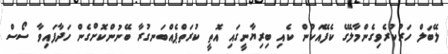
ލޭބަލް ހަރުކުރެވިގެންމާލޭގެ ކެފޭއަކުން ކެއި ބިރިޔާނީގައި އޮތީ ކުރަތްޕެއްބަނގުރާ ބޭނުންކޮށްގެން ހަދާފައިވާ ސޯސް